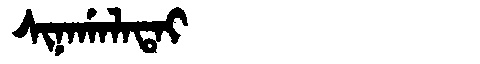
Manchu: ᠰᡳᠨᠠᡤᠠᠯᠠᡨᠠᡳ
Romanization: SINAGALATAI